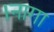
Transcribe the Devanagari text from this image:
।नागा